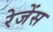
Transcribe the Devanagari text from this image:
रेजेंस